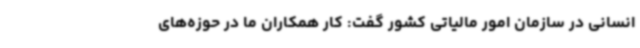
انسانی در سازمان امور مالیاتی کشور گفت: کار همکاران ما در حوزه‌های